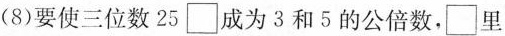
(8)要使三位数25\Box 成为3和5的公倍数，\Box 里